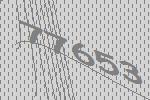
77653